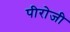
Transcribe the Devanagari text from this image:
पीरोजी